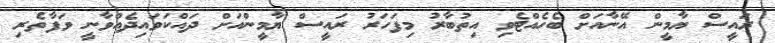
ރައީސް ޔާމީން އޭނާއަށް ބެހެއްޓެވި އިތުބާރު މިފަހަރު ރައީސް ޔާމީންއަށް ދައްކަވައިދެއްވާނީ ވަފާތެރި